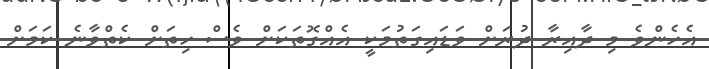
އެހެންވެ މި ދާއިރާ ދުރަށް ވަޑައިގަތުމަކީ އެއްގޮތަކަށް ވެސް ހިތަށް ކެތްވާނެ ކަމަށް